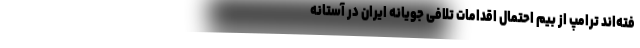
فته‌اند ترامپ از بیم احتمال اقدامات تلافی جویانه ایران در آستانه